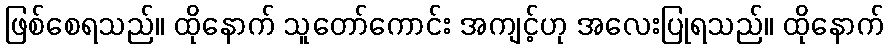
ဖြစ်စေရသည်။ ထိုနောက် သူတော်ကောင်း အကျင့်ဟု အလေးပြုရသည်။ ထိုနောက်